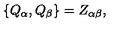
\{ Q _ { \alpha } , Q _ { \beta } \} = Z _ { \alpha \beta } ,